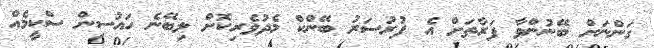
ގަންނަށް ބޭނުންވާ ފަރާތަށް އެ ފުރުސަރު ބޭންކް މެދުވެރިކޮށް ލިބޭނެ ހައުސިން ސްކީމެއް